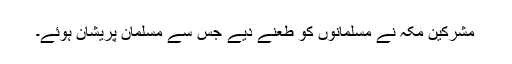
مشرکین مکہ نے مسلمانوں کو طعنے دیے جس سے مسلمان پریشان ہوئے۔